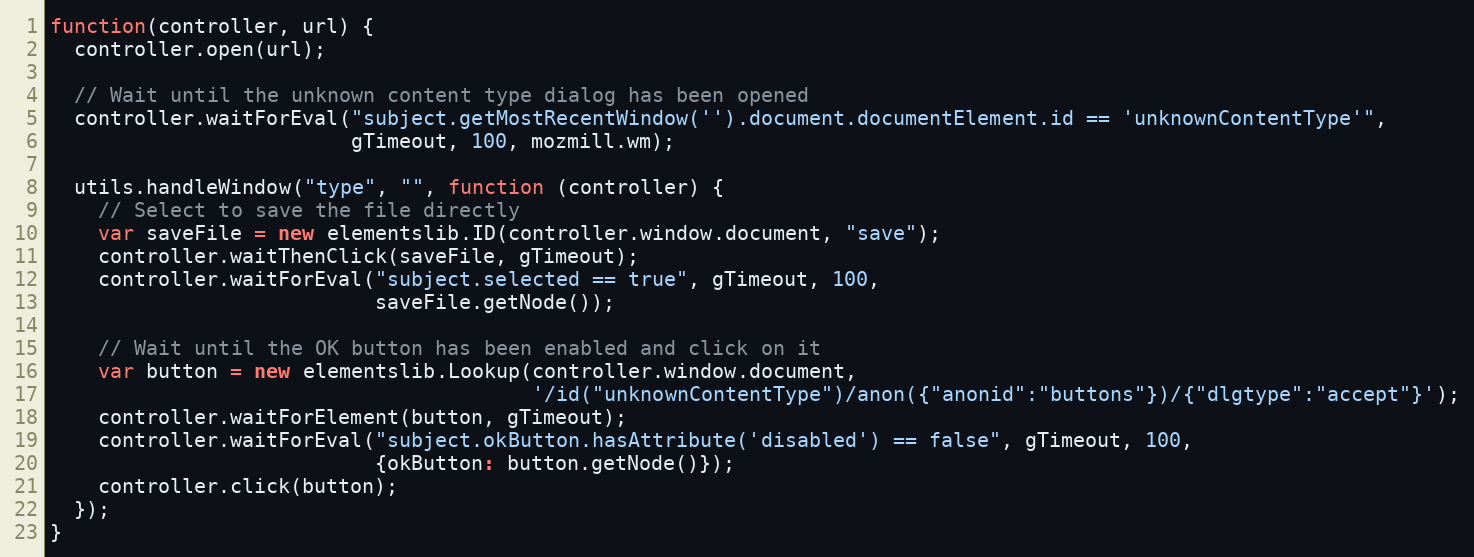
Language: JavaScript
function(controller, url) {
  controller.open(url);

  // Wait until the unknown content type dialog has been opened
  controller.waitForEval("subject.getMostRecentWindow('').document.documentElement.id == 'unknownContentType'",
                         gTimeout, 100, mozmill.wm);

  utils.handleWindow("type", "", function (controller) {
    // Select to save the file directly
    var saveFile = new elementslib.ID(controller.window.document, "save");
    controller.waitThenClick(saveFile, gTimeout);
    controller.waitForEval("subject.selected == true", gTimeout, 100,
                           saveFile.getNode());

    // Wait until the OK button has been enabled and click on it
    var button = new elementslib.Lookup(controller.window.document,
                                        '/id("unknownContentType")/anon({"anonid":"buttons"})/{"dlgtype":"accept"}');
    controller.waitForElement(button, gTimeout);
    controller.waitForEval("subject.okButton.hasAttribute('disabled') == false", gTimeout, 100,
                           {okButton: button.getNode()});
    controller.click(button);
  });
}